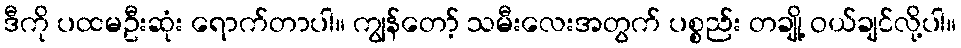
ဒီကို ပထမဦးဆုံး ရောက်တာပါ။ ကျွန်တော့် သမီးလေးအတွက် ပစ္စည်း တချို့ ဝယ်ချင်လို့ပါ။